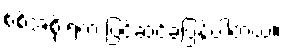
စစ်အစိုးရက ပြင်ဆင်ခဲ့ပြန်ပါတယ်။